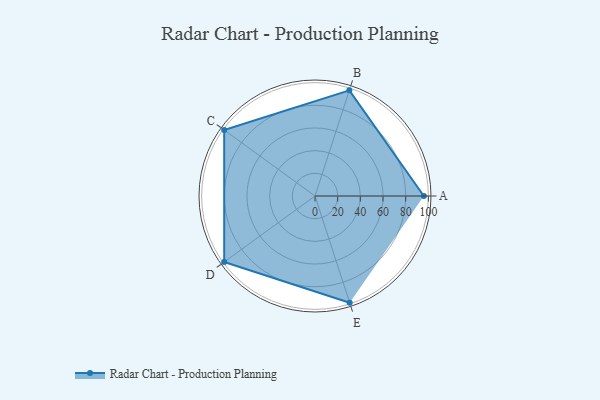
{"axis": {"x": "Skill", "y": "Score"}, "legend": ["Profile"], "data": [{"x": "A", "y": 96.0, "type": "Profile"}, {"x": "B", "y": 98.0, "type": "Profile"}, {"x": "C", "y": 99, "type": "Profile"}, {"x": "D", "y": 99, "type": "Profile"}, {"x": "E", "y": 99, "type": "Profile"}]}